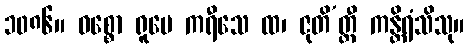
၁၀၈၆။ ဝစ္စော ရူပေ ကရီသေ ထ၊ ဇုတိ’တ္ထီ ကန္တိရံသိသု။